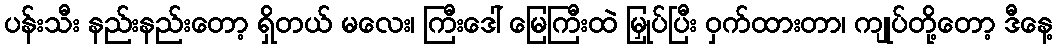
ပန်းသီး နည်းနည်းတော့ ရှိတယ် မလေး၊ ကြီးဒေါ် မြေကြီးထဲ မြှုပ်ပြီး ဝှက်ထားတာ၊ ကျုပ်တို့တော့ ဒီနေ့